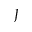
J